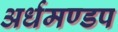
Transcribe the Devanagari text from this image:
अर्धमण्डप